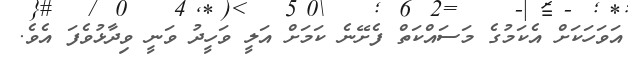
އަވަހަކަށް އެކަމުގެ މަސައްކަތް ފެށޭނެ ކަމަށް އަލީ ވަހީދު ވަނީ ވިދާޅުވެފަ އެވެ.